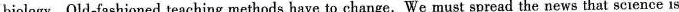
biology. Old-fashioned teaching methods have to change. We must spread the news that science is